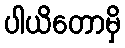
ပါယိတောမှိ